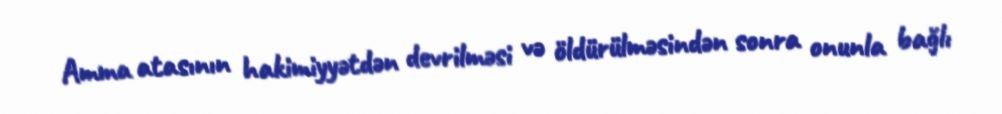
Amma atasının hakimiyyətdən devrilməsi və öldürülməsindən sonra onunla bağlı